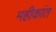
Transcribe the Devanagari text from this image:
महीकांत